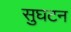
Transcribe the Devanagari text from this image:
सुघटन